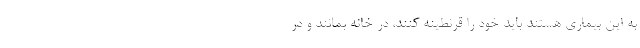
به این بیماری هستند باید خود را قرنطینه کنند، در خانه بمانند و در